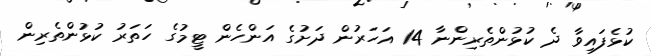
ކުޅެފައިވާ ދެ ކުޅުންތެރިންނާ 14 އަހަރުން ދަށުގެ އަންހެން ޓީމުގެ ހަތަރު ކުޅުންތެރިން